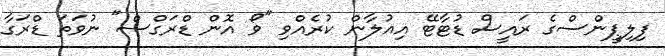
ފިލިޕީންސްގެ ރައީސް ޑުޓާޓޭ އިއުލާން ކުރެއްވި "ވޯ އޮން ޑްރަގްސް" ނުވަތަ ޑްރަގާ